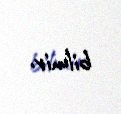
bilmir.